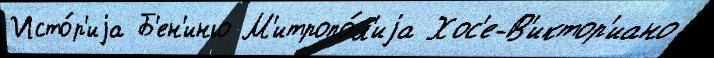
Исто́р'иjа Б'ен'иньо М'итропо́л'иjа Хос'е-В'иктор'иано